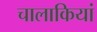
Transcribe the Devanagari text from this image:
चालाकियां